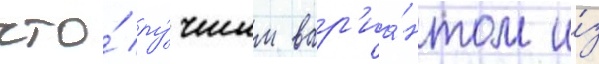
что́ лу́чшим вар'иа́нтом и́з